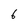
Character: 6